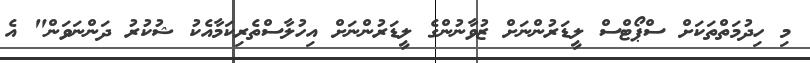
މި ހިދުމަތްތަކަށް ސްޕޯޓްސް ލީޑަރުންނަށް ޒުވާނުންގެ ލީޑަރުންނަށް އިހުލާސްތެރިކަމާއެކު ޝުކުރު ދަންނަވަން" އެ